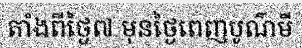
តាំងពីថ្ងៃ៧ មុនថ្ងៃពេញបូណ៌មី